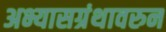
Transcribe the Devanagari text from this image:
अभ्यासग्रंथावरुन